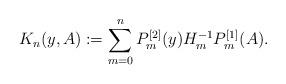
LaTeX: \begin{align*}K_{n}(y,A):=\sum_{m=0}^n P^{[2]}_m(y)H_m^{-1} P^{[1]}_m(A).\end{align*}